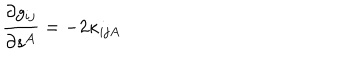
\frac { \partial g _ { i j } } { \partial s ^ { A } } = - 2 \kappa _ { i j A }